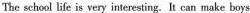
The school life is very interesting. It can make boys